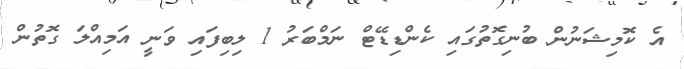
އެ ކޮމިޝަނުން ބުނިގޮތުގައި ކެންޑިޑޭޓް ނަމްބަރު 1 ލިބިފައި ވަނީ އަމިއްލަ ގޮތުން